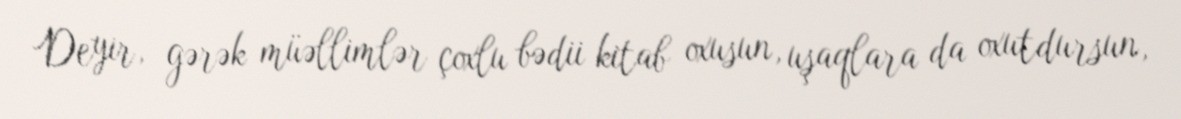
Deyir, gərək müəllimlər çoxlu bədii kitab oxusun, uşaqlara da oxutdursun,